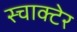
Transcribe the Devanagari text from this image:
स्चाक्टेर